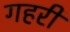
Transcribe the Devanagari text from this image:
गहरीं